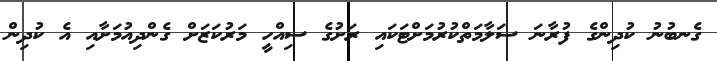
ގެނބުނު ކުދިންގެ ފުރާނަ ސަލާމަތްކުރުމަށްޓަކައި ރަށުގެ ސިއްހީ މަރުކަޒަށް ގެންދިއުމަށާއި އެ ކުދިން